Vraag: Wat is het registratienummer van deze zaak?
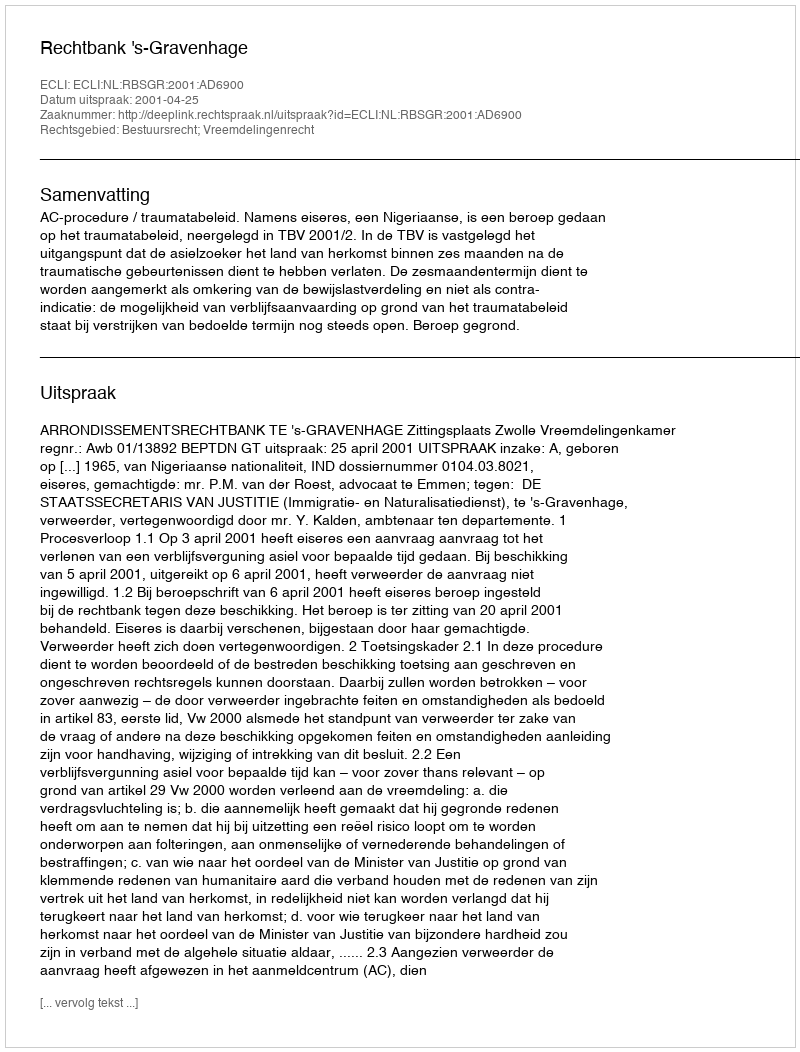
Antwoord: http://deeplink.rechtspraak.nl/uitspraak?id=ECLI:NL:RBSGR:2001:AD6900